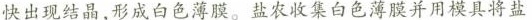
快出现结晶，形成白色薄膜。盐农收集白色薄膜并用模具将盐